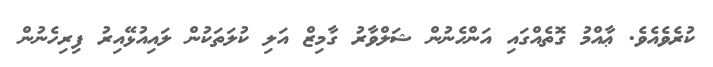
ކުރެވެއެވެ. ޢާއްމު ގޮތެއްގައި އަންހެނުން ޝަލްވާރު ގާމިޒް އަލި ކުލަތަކުން ލައިއުޅޭއިރު ފިރިހެނުން